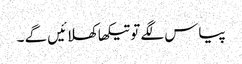
پیاس لگے تو تیکھا کھلائیں گے ۔